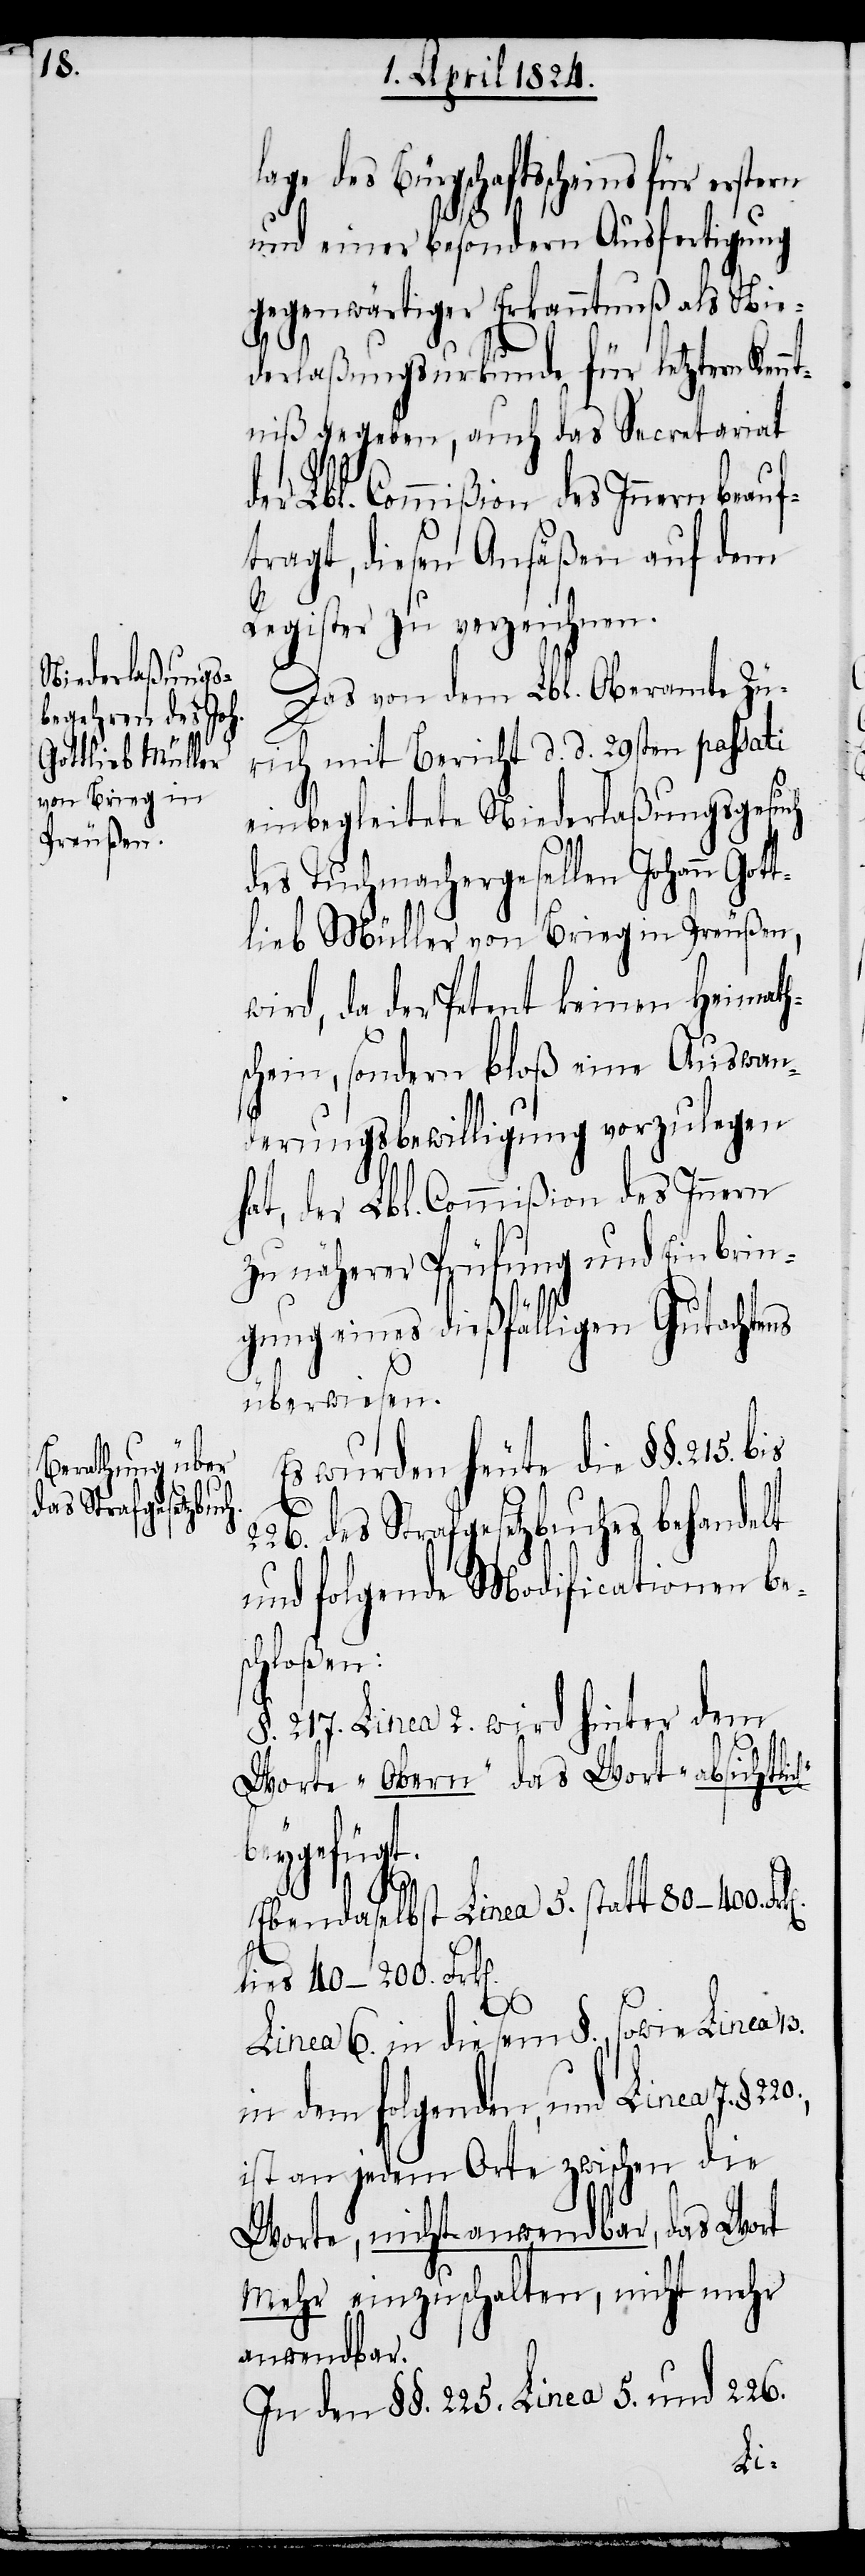
lage des Bürgschaftsscheins für
und einer besondern Ausfertigung
gegenwärtiger Erkanntnuß als Nie¬
derlaßungsurkunde für letztern Ken¬
ntniß gegeben, auch das Secretariat
der Lbl. Commißion des Innern beauf¬
tragt, diesen Ansäßen auf dem
Register zu verzeichnen.
Das von dem Lbl. Oberamte Zü¬
rich mit Bericht d. d. 29sten passati
einbegleitete Niederlaßungsgesuch
des Tuchmachergesellen Johann Got¬
tlieb Müller von Brieg in Preußen,
wird, da der Petent keinen Heimath¬
schein, sondern bloß eine Auswan¬
derungsbewilligung vorzulegen
hat, der Lbl. Commißion des Innern
zu näherer Prüfung und Einbrin¬
gung eines dießfälligen Gutachtens
überwiesen.
Es wurden heute die §§. 215.
des Strafgesetzbuches behandelt
und folgende Modificationen be¬
schloßen:
§. 217. Linea 2. wird hinter dem
Worte „Obern“ das Wort „absichtli¬
beygefügt.
Ebendaselbst Linea 5. statt 80–400.
lies 40–200. Frk[e¬
n].
Linea 6. in diesem §., sowie Linea 13.
in dem folgenden, und Linea 7. §.
ist an jedem Orte zwischen die
Worte, nicht anwendbar, das Wort
mehr einzuschalten, nicht mehr
anwendbar.
In den §§. 225. Linea 5. und 226.